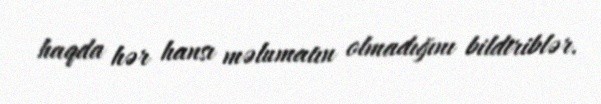
haqda hər hansı məlumatın olmadığını bildiriblər.